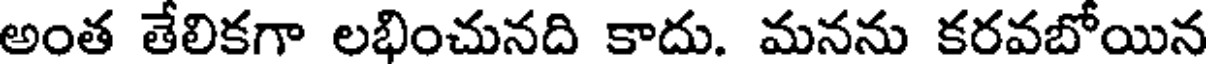
అంత తేలికగా లభించునది కాదు. మనను కరవబోయిన